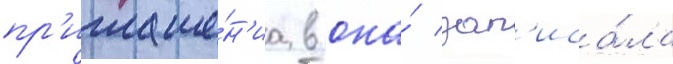
пр'иглаше́н'иа в она́ зап'иса́ла